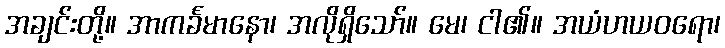
အချင်းတို့။ အာကင်္ခမာနော၊ အလိုရှိသော်။ မေ၊ ငါ၏။ အယံဟယဝရော၊